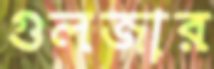
গুলজার